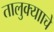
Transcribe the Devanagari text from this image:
तालुक्यााचे